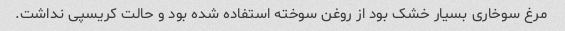
مرغ سوخاری بسیار خشک بود از روغن سوخته استفاده شده بود و حالت کریسپی نداشت.